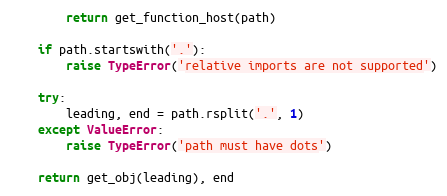
Language: Python
        return get_function_host(path)

    if path.startswith('.'):
        raise TypeError('relative imports are not supported')

    try:
        leading, end = path.rsplit('.', 1)
    except ValueError:
        raise TypeError('path must have dots')

    return get_obj(leading), end